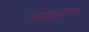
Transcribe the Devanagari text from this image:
ऊजड़ग्राम